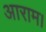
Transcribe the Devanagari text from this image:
आराम।